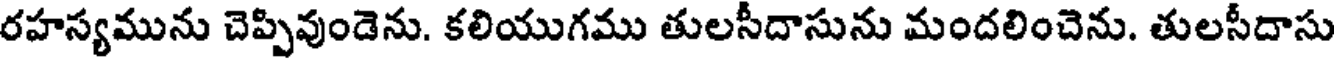
రహస్యమును చెప్పివుండెను. కలియుగము తులసీదాసును మందలించెను. తులసీదాసు